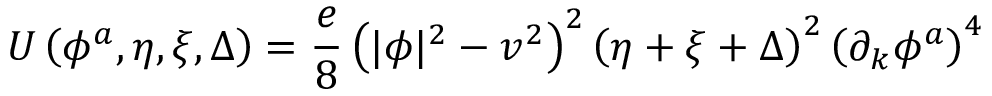
U \left( \phi ^ { a } , \eta , \xi , \Delta \right) = \frac { e } { 8 } \left( | \phi | ^ { 2 } - v ^ { 2 } \right) ^ { 2 } \left( \eta + \xi + \Delta \right) ^ { 2 } \left( \partial _ { k } \phi ^ { a } \right) ^ { 4 }